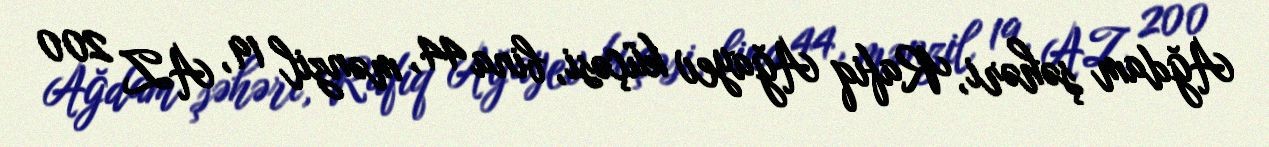
Ağdam şəhəri, Rafiq Ağayev küçəsi, bina 44, mənzil 19, AZ 200